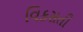
વિકસતી